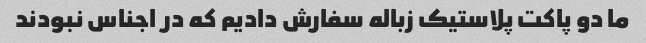
ما دو پاکت پلاستیک زباله سفارش دادیم که در اجناس نبودند